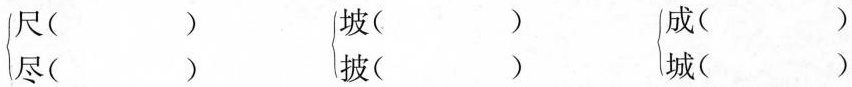
\left\{\begin{matrix}尺()\\尽()\end{matrix}\right. \left\{\begin{matrix}坡()\\披()\end{matrix}\right. \left\{\begin{matrix}成()\\城()\end{matrix}\right.